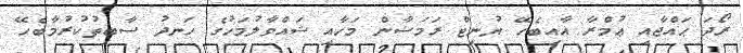
ރޯދަ ޙައްޖާއި ޢުމްރާ އާއިބެހޭ ޔުނިޓް ރަމަޟާން މަހާއި ޝައްވާލުމަހުގެ ހަނދު ސާބިތުކުރުމާބެހޭ